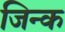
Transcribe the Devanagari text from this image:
जिन्क